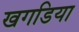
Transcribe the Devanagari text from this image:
खगडिया